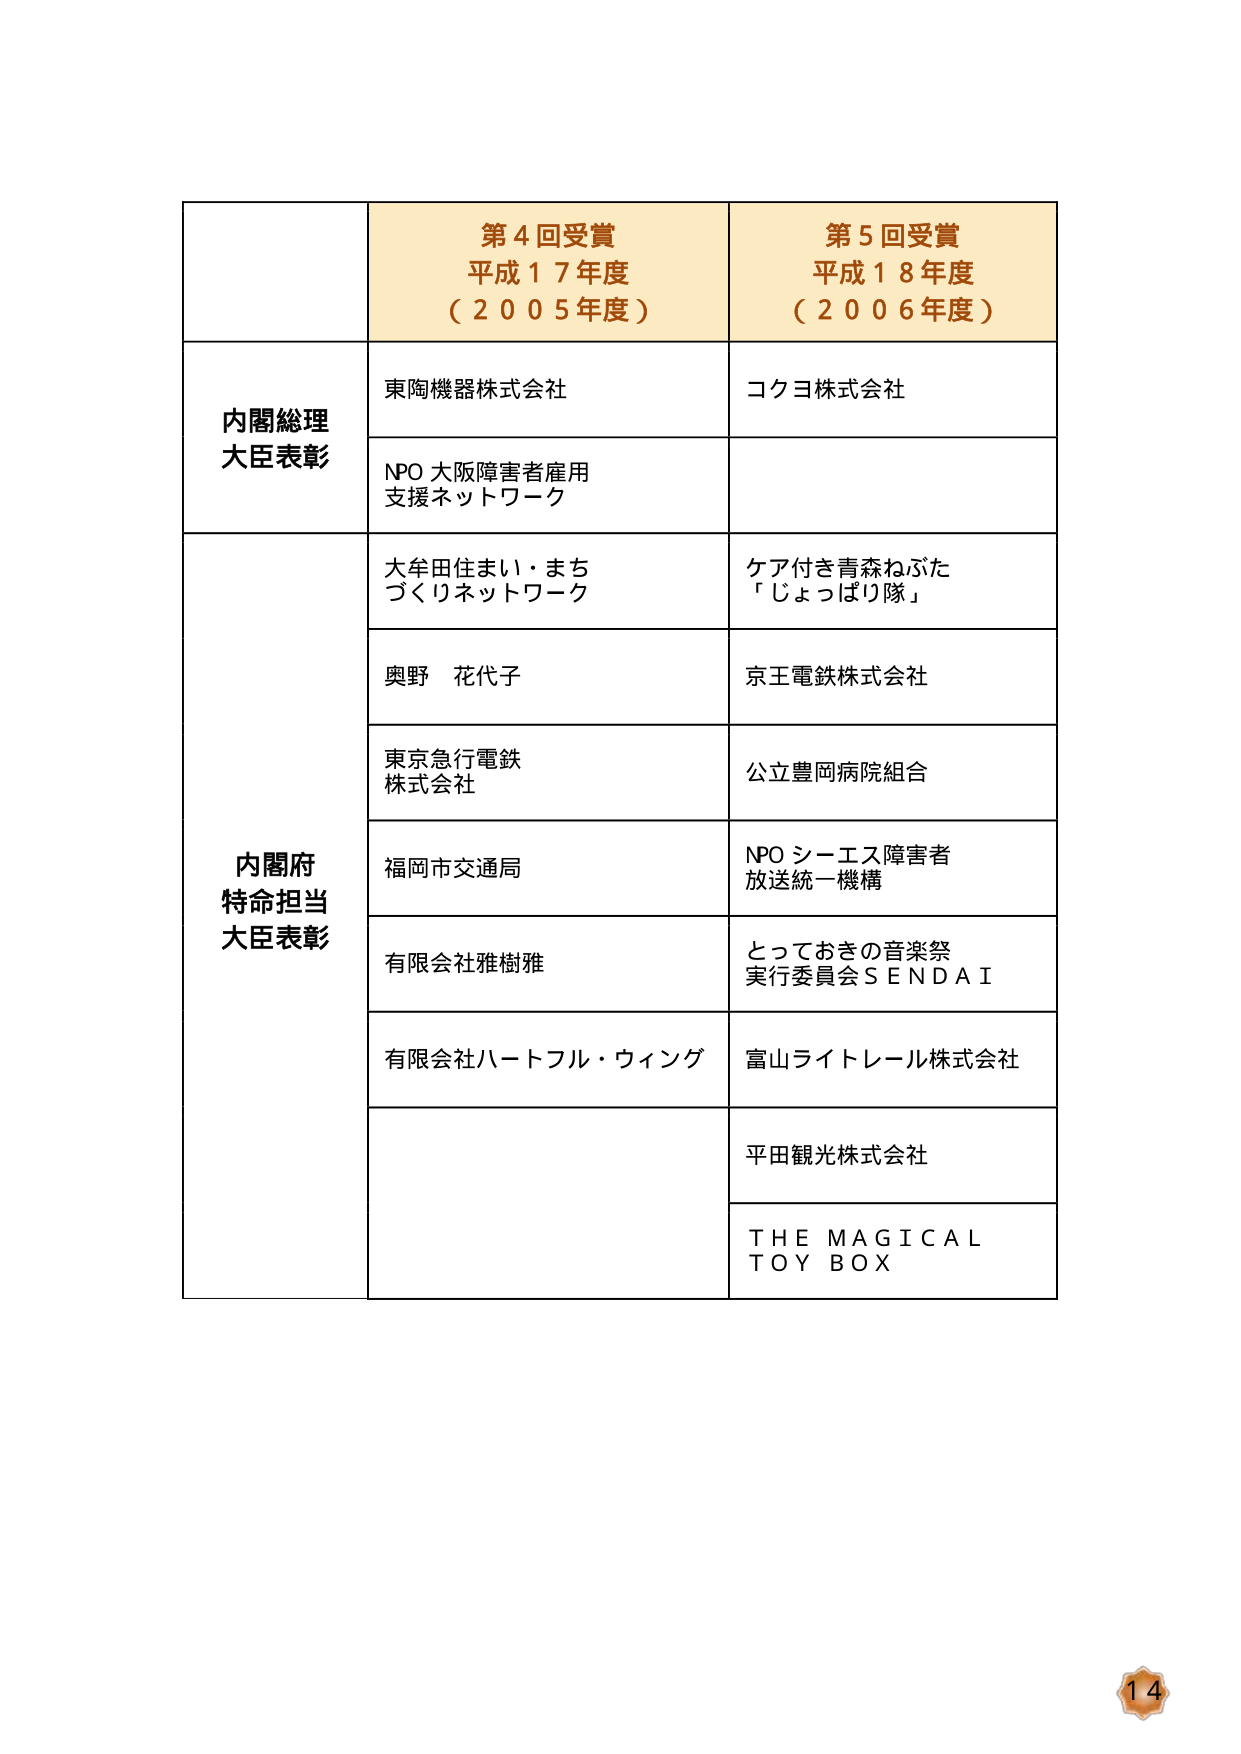
第４回受賞
平成１７年度
（２００５年度）

第５回受賞
平成１８年度
（２００６年度）

内閣総理大臣表彰
東陶機器株式会社
NPO 大阪障害者雇用支援ネットワーク
コクヨ株式会社

内閣府特命担当大臣表彰
大牟田住まい・まちづくりネットワーク
奥野 花代子
東京急行電鉄株式会社
福岡市交通局
有限会社雅樹雅
有限会社ハートフル・ウィング
ケア付き青森ねぶた「じょっぱり隊」
京王電鉄株式会社
公立豊岡病院組合
NPO シーエス障害者放送統一機構
とっておきの音楽祭実行委員会ＳＥＮＤＡＩ
富山ライトレール株式会社
平田観光株式会社
ＴＨＥ ＭＡＧＩＣＡＬ
ＴＯＹ ＢＯＸ

14